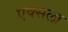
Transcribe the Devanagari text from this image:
एक्सला